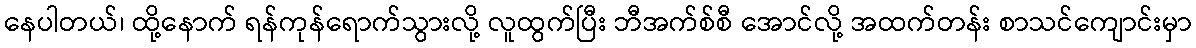
နေပါတယ်၊ ထို့နောက် ရန်ကုန်ရောက်သွားလို့ လူထွက်ပြီး ဘီအက်စ်စီ အောင်လို့ အထက်တန်း စာသင်ကျောင်းမှာ